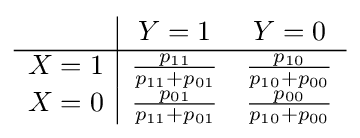
{\begin{array}{c|cc}&Y=1&Y=0\\\hline X=1&{\frac {p_{11}}{p_{11}+p_{01}}}&{\frac {p_{10}}{p_{10}+p_{00}}}\\X=0&{\frac {p_{01}}{p_{11}+p_{01}}}&{\frac {p_{00}}{p_{10}+p_{00}}}\end{array}}